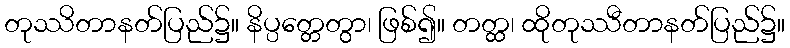
တုဿိတာနတ်ပြည်၌။ နိပ္ပတ္တေတွာ၊ ဖြစ်၍။ တတ္ထ၊ ထိုတုဿီတာနတ်ပြည်၌။